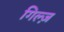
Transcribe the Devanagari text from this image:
गिल्ज़